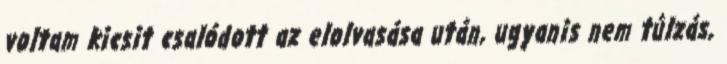
voltam kicsit csalódott az elolvasása után, ugyanis nem túlzás,